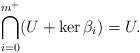
LaTeX: \begin{align*} \bigcap_{i=0}^{m^+} (U + \ker \beta_i) = U.\end{align*}